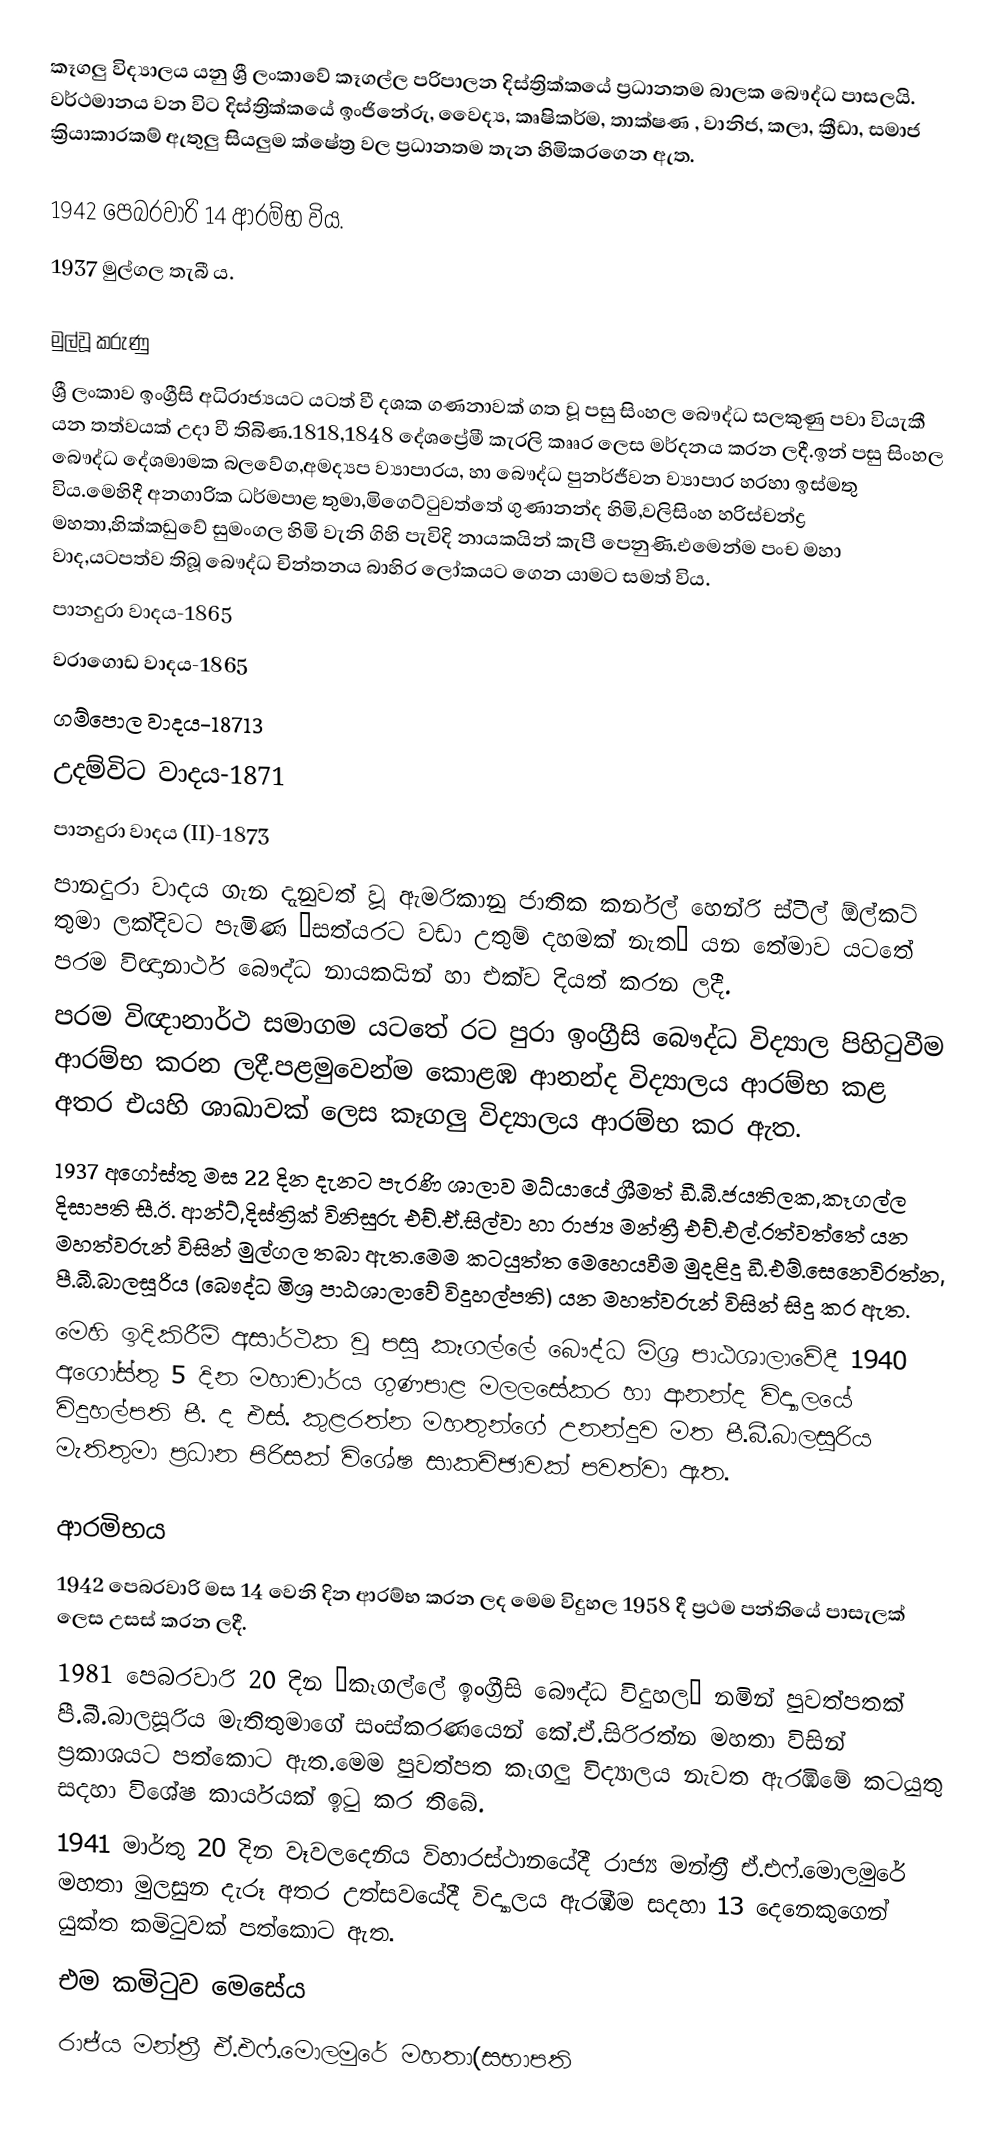
කෑගලු විද්‍යාලය යනු ශ්‍රී ලංකාවේ කෑගල්ල පරිපාලන දිස්ත්‍රික්කයේ ප්‍රධානතම බාලක බෞද්ධ පාසලයි. වර්ථමානය වන වි‍ට දිස්ත්‍රික්කයේ ඉංජිනේරු, වෛද්‍ය, කෘෂිකර්ම, තාක්ෂණ , වානිජ, කලා, ක්‍රීඩා, සමාජ ක්‍රියාකාරකම් ඇතුලු සියලුම ක්ෂේත්‍ර වල ප්‍රධානතම තැන හිමිකරගෙන ඇත.

1942 පෙබරවාරි 14 ආරම්භ විය.
1937 මුල්ගල තැබී ය.

මුල්වූ කරුණු
ශ්‍රී ලංකාව ඉංග්‍රීසි අධිරාජ්‍යයට යටත් වී දශක ගණනාවක් ගත වූ පසු සිංහල බෞද්ධ සලකුණු පවා වියැකී යන තත්වයක් උදා වී තිබිණ.1818,1848 දේශප්‍රේමී කැරලි කෘෘර ලෙස මර්දනය කරන ලදී.ඉන් පසු සිංහල බෞද්ධ දේශමාමක බලවේග,අමද්‍යප ව්‍යාපාරය, හා බෞද්ධ පුනර්ජීවන ව්‍යාපාර හරහා ඉස්මතු විය.මෙහිදී අනගාරික ධර්මපාළ තුමා,මිගෙට්ටුවත්තේ ගුණානන්ද හිමි,වලිසිංහ හරිස්චන්ද්‍ර  මහතා,හික්කඩුවේ සුමංගල හිමි වැනි ගිහි පැවිදි නායකයින් කැපී පෙනුණි.එමෙන්ම පංච මහා වාද,යටපත්ව තිබූ බෞද්ධ චින්තනය බාහිර ලෝකයට ගෙන යාමට සමත් විය.
පානදුරා වාදය-1865
වරාගොඩ වාදය-1865
ගම්පොල වාදය-18713
උදම්විට වාදය-1871
පානදුරා වාදය (II)-1873
පානදුරා වාදය ගැන දැනුවත් වූ ඇමරිකානු ජාතික කර්නල් හෙන්රි ස්ටීල් ඕල්කට් තුමා ලක්දිවට පැමිණ “සත්යරට වඩා උතුම් දහමක් නැත” යන තේමාව යටතේ පරම විඥානාර්ථ බෞද්ධ නායකයින් හා එක්ව දියත් කරන ලදී.
පරම විඥානාර්ථ සමාගම යටතේ රට පුරා ඉංග්‍රීසි බෞද්ධ විද්‍යාල පිහිටුවීම ආරම්භ කරන ලදී.පළමුවෙන්ම කොළඹ ආනන්ද විද්‍යාලය ආරම්භ කළ අතර එයහි ශාඛාවක් ලෙස කෑගලු විද්‍යාලය ආරම්භ කර ඇත.
1937 අගෝස්තු මස 22 දින දැනට පැරණි ශාලාව මධ්යායේ ශ්‍රීමත් ඩී.බී.ජයතිලක,කෑගල්ල දිසාපති සී.ඊ. ආන්ට්,දිස්ත්‍රික් විනිසුරු එච්.ඒ.සිල්වා හා රාජ්‍ය මන්ත්‍රී එච්.එල්.රත්වත්තේ යන මහත්වරුන් විසින් මුල්ගල තබා ඇත.මෙම කටයුත්ත මෙහෙයවීම මුදළිදු ඩී.එම්.සෙනෙවිරත්න, පී.බී.බාලසූරිය (බෞද්ධ මිශ්‍ර  පාඨශාලාවේ විදුහල්පති) යන මහත්වරුන් විසින් සිදු කර ඇත.
මෙහි ඉදිකිරීම් අසාර්ථක වූ පසු කෑගල්ලේ බෞද්ධ මිශ්‍ර පාඨශාලාවේදී 1940 අගෝස්තු 5 දින මහාචාර්ය ගුණපාළ මලලසේකර හා ආනන්ද විද්‍යාලයේ විදුහල්පති පී. ද එස්. කුළරත්න මහතුන්ගේ උනන්දුව මත පී.බී.බාලසූරිය මැතිතුමා ප්‍රධාන පිරිසක් විශේෂ සාකච්ඡාවක් පවත්වා ඇත.

ආරමිභය
1942 පෙබරවාරි මස 14 වෙනි දින ආරම්භ කරන ලද මෙම විදුහල 1958 දී ප්‍රථම පන්තියේ පාසැලක් ලෙස උසස් කරන ලදී.
1981 පෙබරවාරි 20 දින “කෑගල්ලේ ඉංග්‍රීසි බෞද්ධ විදුහල“ නමින් පුවත්පතක් පී.බී.බාලසූරිය මැතිතුමාගේ සංස්කරණයෙන් කේ.ඒ.සිරිරත්න මහතා විසින් ප්‍රකාශයට පත්කොට ඇත.මෙම පුවත්පත කෑගලු විද්‍යාලය නැවත ඇරඹීමේ කටයුතු සදහා විශේෂ කාර්යයක් ඉටු කර තිබේ.
1941 මාර්තු 20 දින වෑවල‍දෙනිය විහාරස්ථානයේදී රාජ්‍ය මන්ත්‍රී ඒ.එෆ්.මොලමුරේ මහතා මුලසුන දැරූ අතර උත්සවයේදී විද්‍යාලය ඇරඹීම සදහා 13 දෙනෙකුගෙන් යුක්ත කමිටුවක් පත්කොට ඇත.
එම කමිටුව මෙසේය
රාජ්ය  මන්ත්‍රී ඒ.එෆ්.මොලමුරේ මහතා(සභාපති